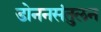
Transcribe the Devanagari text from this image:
डोननसंतुलन